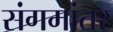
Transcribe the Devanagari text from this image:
संगमांतर